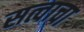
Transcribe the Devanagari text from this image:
सत्वाचा